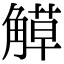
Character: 𧤣